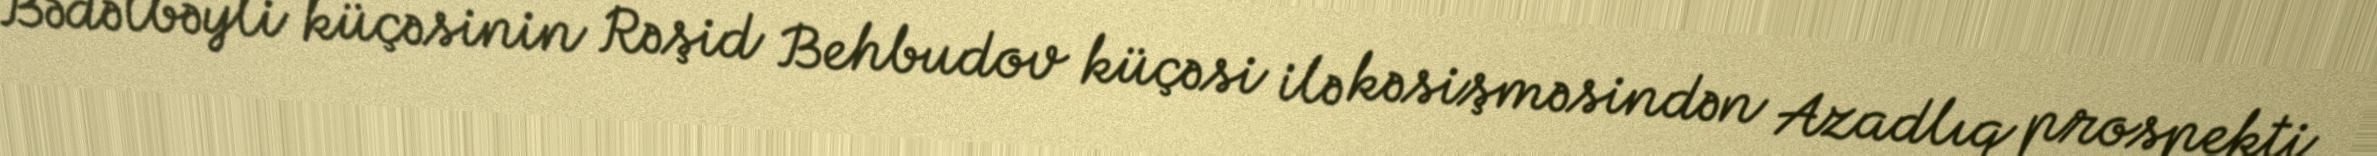
Bədəlbəyli küçəsinin Rəşid Behbudov küçəsi ilə kəsişməsindən Azadlıq prospekti